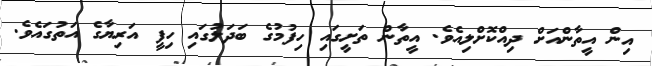
އިން އީތާންއަށް ދިއްކޮށްލިއެވެ. އީތާން ތަށީގައި ހިފުމުގެ ބަދަލުގައި ހިފީ އަރިޔާގެ އަތުގައެވެ.